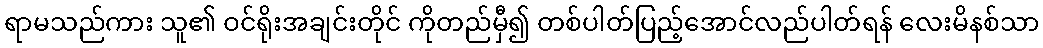
ရာမသည်ကား သူ၏ ဝင်ရိုးအချင်းတိုင် ကိုတည်မှီ၍ တစ်ပါတ်ပြည့်အောင်လည်ပါတ်ရန် လေးမိနစ်သာ